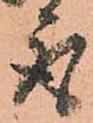
取